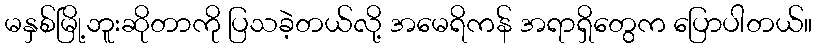
မနှစ်မြို့ဘူးဆိုတာကို ပြသခဲ့တယ်လို့ အမေရိကန် အရာရှိတွေက ပြောပါတယ်။